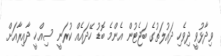
ވިދާޅުވީ ދިވެހި ދައުލަތުގެ ބަޖެޓުން އެންމެ ބޮޑު ހޭދައެއް ކުރަނީ ސިއްޚީ ދާއިރާއަށް